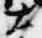
大